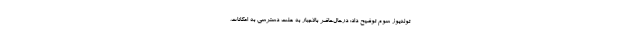
توله‌یوز سوم توضیح داد: درحال‌حاضر بالاجبار به علت دسترسی به امکانات،